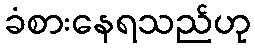
ခံစားနေရသည်ဟု